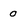
Character: 0